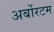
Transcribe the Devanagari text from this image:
अर्बोरटम